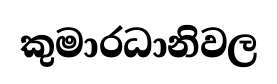
කුමාරධානිවල